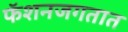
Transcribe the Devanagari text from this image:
फॅशनजगतात